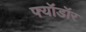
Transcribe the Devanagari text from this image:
फ्यॉडॉर